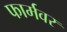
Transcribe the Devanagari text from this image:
फार्मवर